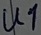
Text: U1